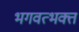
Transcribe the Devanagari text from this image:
भगवत्भक्त